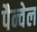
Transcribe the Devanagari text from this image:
पैन्वेल